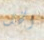
الخل